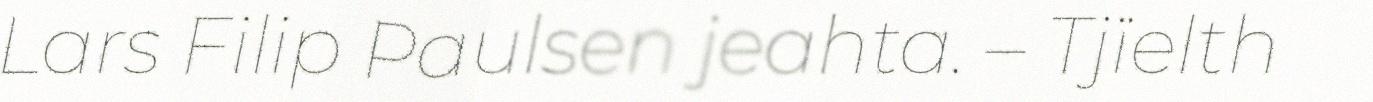
Lars Filip Paulsen jeahta. – Tjïelth